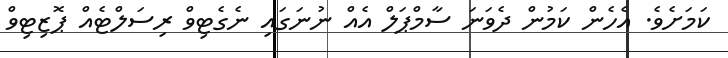
ކަމަށެވެ. އެހެން ކަމުން ދެވަނަ ސާމްޕަލް އެއް ނުނަގައި ނެގެޓިވް ރިސަލްޓެއް ޕޮޒިިޓިވް